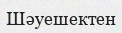
Шәуешектен